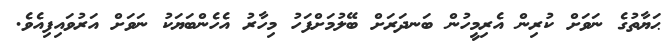
ޙަޔާތުގެ ނަވަށް ކުރިން އެރިމީހުން ބަނދަރަށް ބޭލުމަށްފަހު މިހާރު އެހެންބަޔަކު ނަވަށް އަރުވައިފިއެވެ.